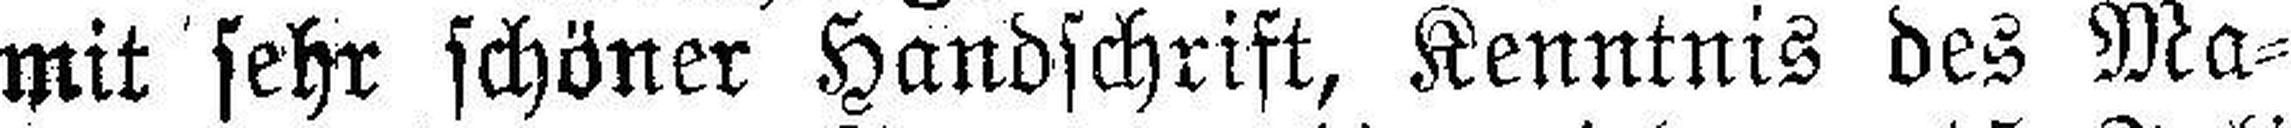
mit sehr schöner Handschrift, Kenntnis des Ma¬